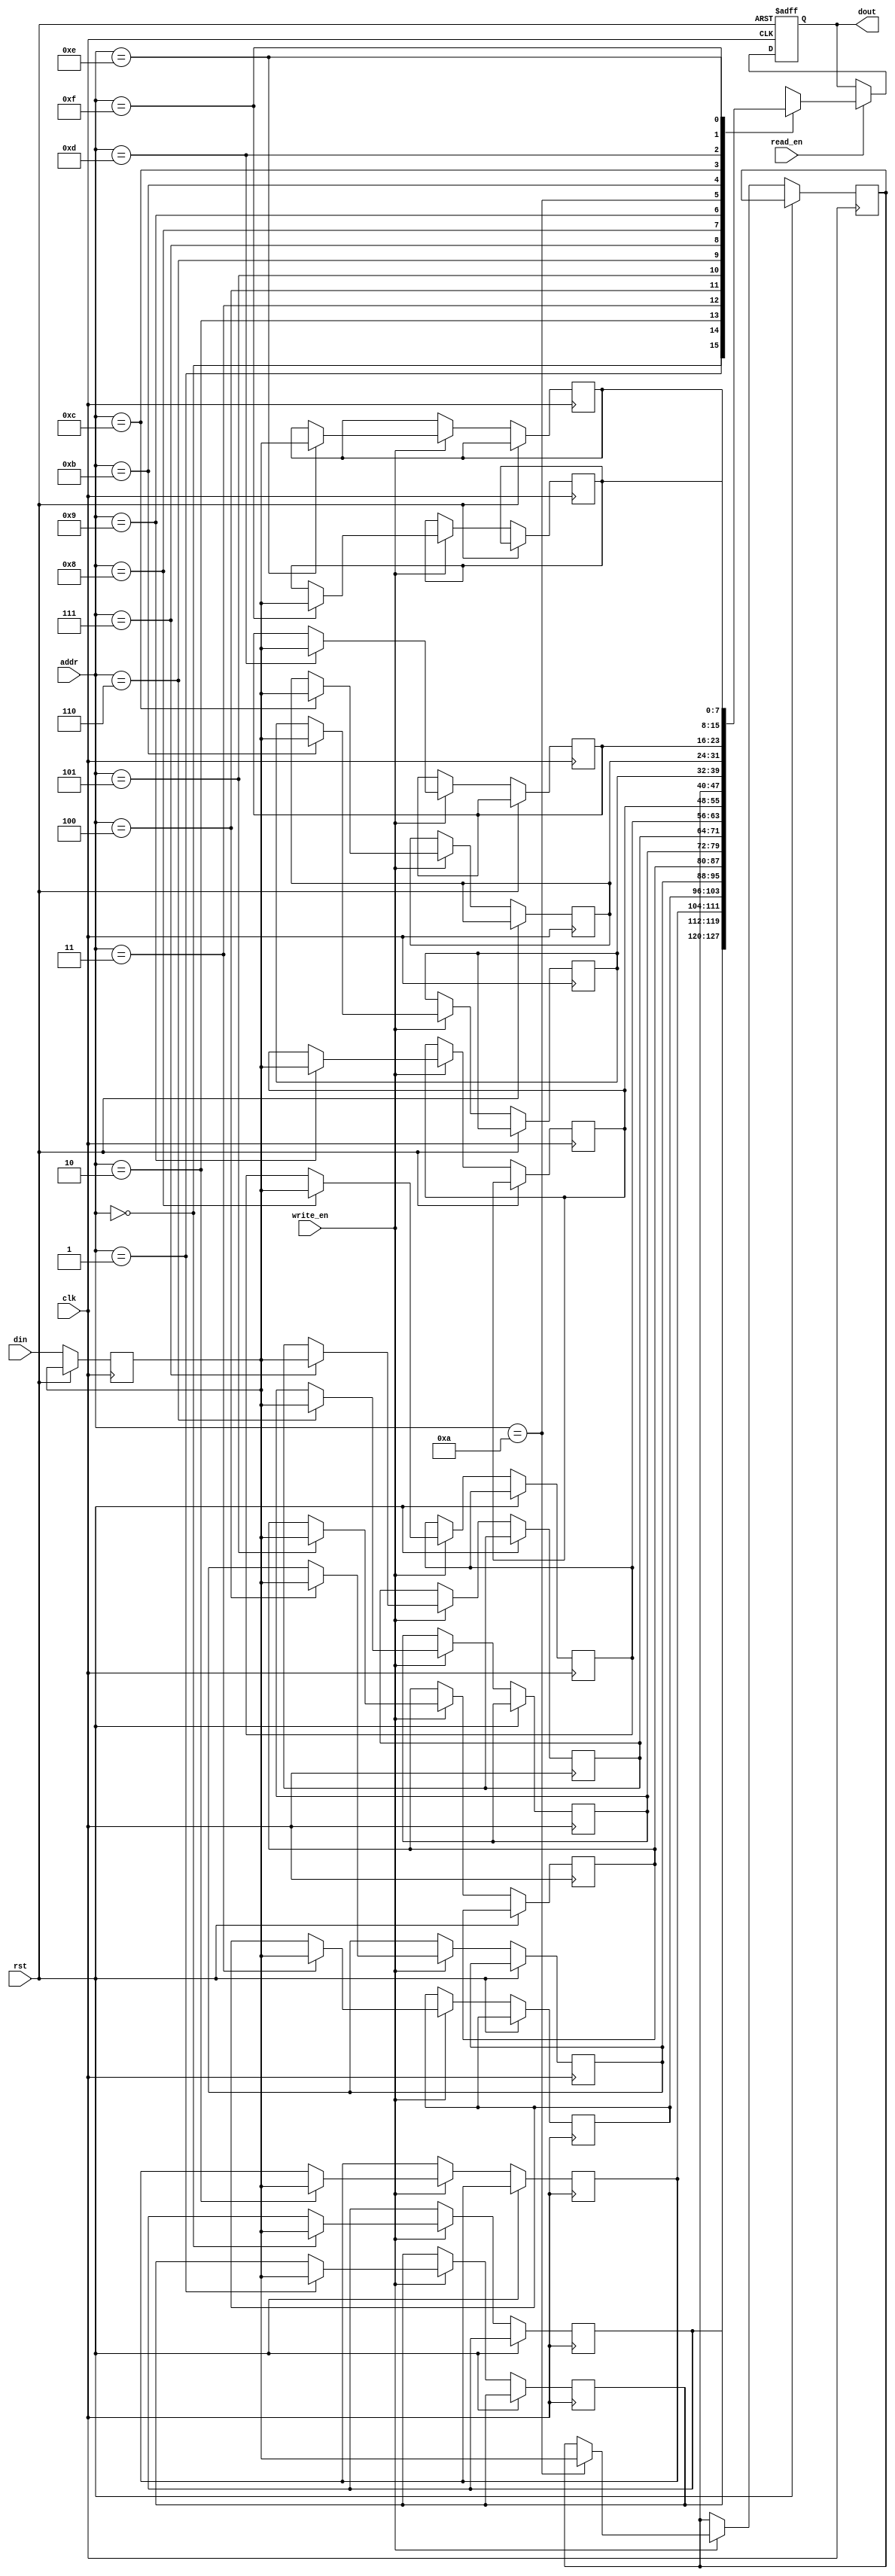
module memory_block #(
    parameter DATA_WIDTH = 8,          // Width of data
    parameter ADDR_WIDTH = 4,          // Width of address
    parameter MEM_DEPTH = (1 << ADDR_WIDTH)
)(
    input  wire                     clk,         // Clock signal
    input  wire                     rst,         // Reset signal
    input  wire                     write_en,    // Write enable
    input  wire                     read_en,     // Read enable
    input  wire [ADDR_WIDTH-1:0]   addr,        // Address input
    input  wire [DATA_WIDTH-1:0]    din,         // Data input
    output reg [DATA_WIDTH-1:0]     dout         // Data output
);

    // Memory array (multi-port RAM)
    reg [DATA_WIDTH-1:0] memory [0:MEM_DEPTH-1];
    
    // Safe Delay Line
    reg [DATA_WIDTH-1:0] delayed_din;
    
    // Control logic and CDC mechanism
    always @(posedge clk or posedge rst) begin
        if (rst) begin
            dout <= {DATA_WIDTH{1'b0}};
        end else begin
            // Delay the input data to ensure it is stable before writing
            delayed_din <= din;

            if (write_en) begin
                memory[addr] <= delayed_din; // Write operation
            end
            
            if (read_en) begin
                dout <= memory[addr]; // Read operation
            end
        end
    end

endmodule